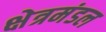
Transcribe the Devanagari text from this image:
क्षेत्रमंडल